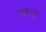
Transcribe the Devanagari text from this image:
ख़ानदूसरे